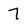
Character: 7